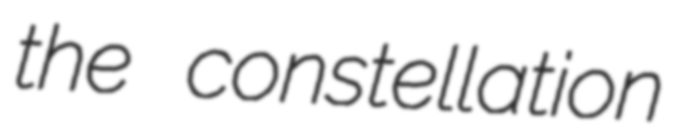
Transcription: the constellation